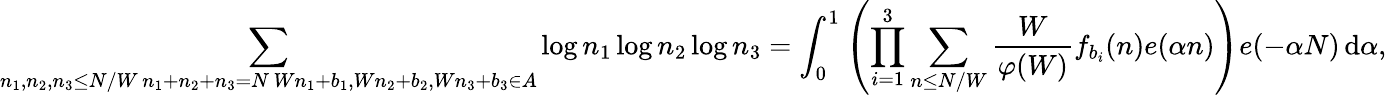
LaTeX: \sum_{\substack{n_{1},n_{2},n_{3}\leq N/W\, n_{1}+n_{2}+n_{3}=N\, Wn_{1}+b_{1},Wn_{2}+b_{2},Wn_{3}+b_{3}\in A}}\log n_{1}\log n_{2}\log n_{3}=\int_{0}^{1}\left(\prod_{i=1}^{3}\sum_{\substack{n\leq N/W}}\frac{W}{\varphi(W)}f_{b_{i}}(n)e(\alpha n)\right)e(-\alpha N)\, \textnormal{d}\alpha,